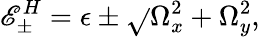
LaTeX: \mathscr{E}_{\pm}^{H}=\epsilon\pm\sqrt{}{{\Omega_{x}^{2}+\Omega_{y}^{2}}}\textrm{{,}}